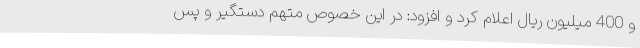
و 400 میلیون ریال اعلام کرد و افزود: در این خصوص متهم دستگیر و پس